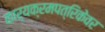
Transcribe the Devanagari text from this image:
कार्यक्रमपत्रिकेवर